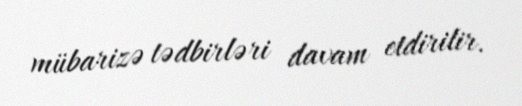
mübarizə tədbirləri davam etdirilir.